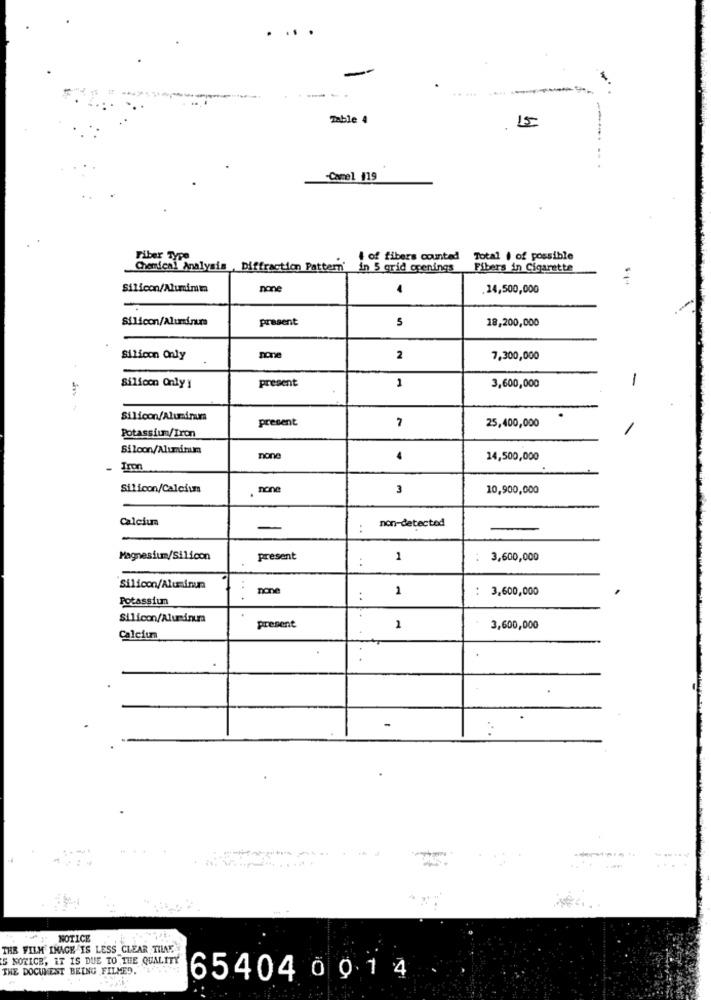
.. .
Table 4
15
Camel 119
Fiber Type
I of fibers counted
Total | of possible
Chemical Analysis , Diffraction Pattern' in 5 grid openings
Fibers in Cigarette
Silicon/Alumimm
none
.14,500,000
Silicon/Aluminum
present
5
18,200,000
Silicon Only
none
2
7,300,000
present
-
Silicon Only y
1
3,600,000
Silicon/Aluminuma
present
25,400,000
Potassium/Iron
Silcon/Aluminum
non
14,500,000
Iron
Silicon/Calcium
none
3
10,900,000
Calciuma
-
:
non-detected
Magnesium/Silicon
present
:
1
3,600,000
Silicon/Aluminum
none
1
3,600,000
Potassium
:
Silicon/Aluminum
present
1
3,600,000
Calcium
NOTICE
THE FILM IMAGE IS LESS CLEAR TILAE
5 NOTICE, IT IS DUE TO THE QUALITY
THE DOCUMENT BEING FILMED. .
65404 0014